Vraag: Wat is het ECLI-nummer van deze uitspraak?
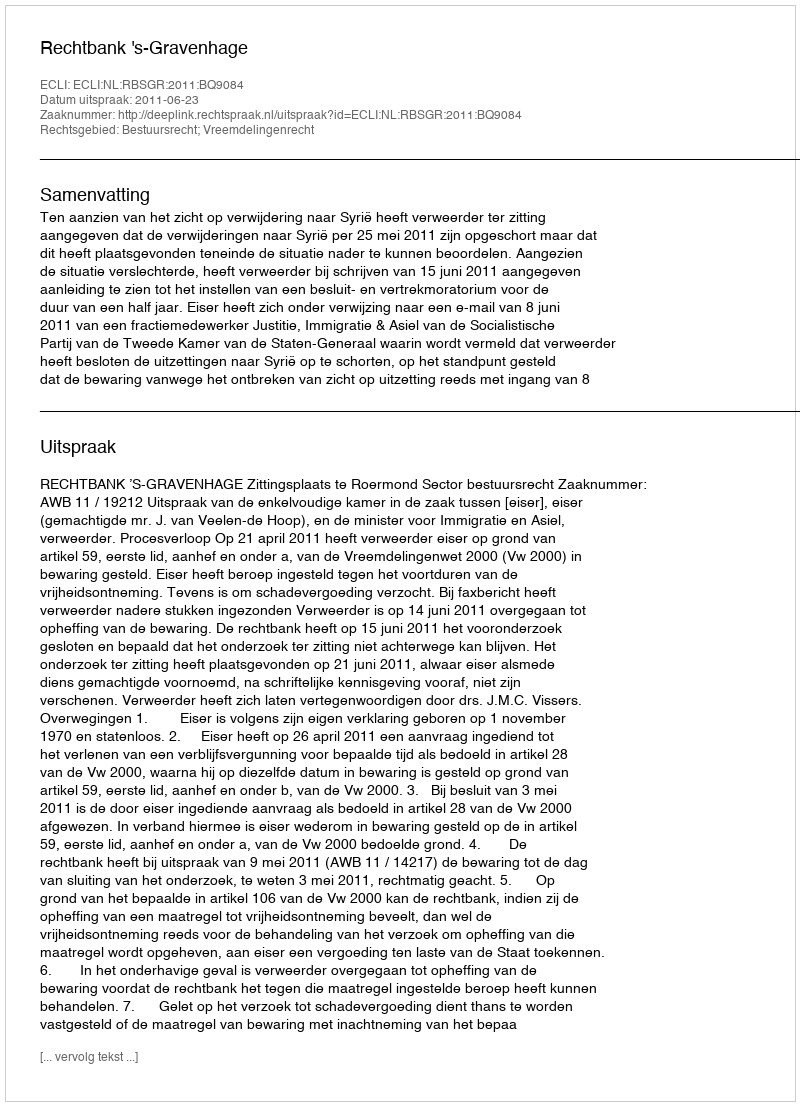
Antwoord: ECLI:NL:RBSGR:2011:BQ9084